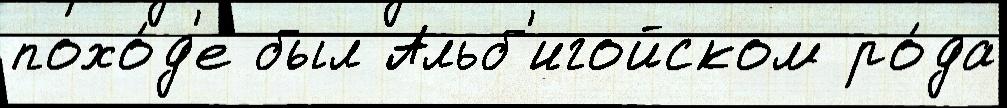
похо́д'е был Альб'игойском ро́да